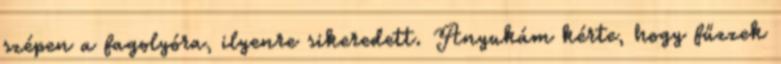
szépen a fagolyóra, ilyenre sikeredett. Anyukám kérte, hogy fűzzek